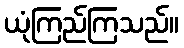
ယုံကြည်ကြသည်။